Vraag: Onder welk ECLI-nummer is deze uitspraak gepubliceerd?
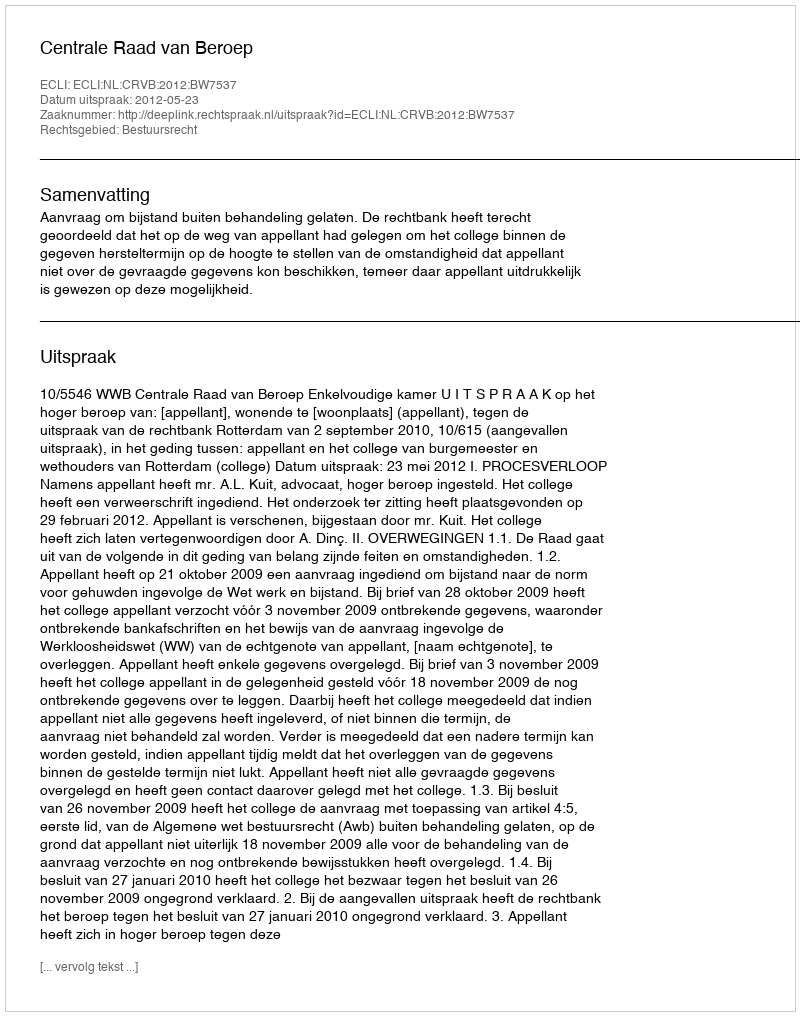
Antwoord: ECLI:NL:CRVB:2012:BW7537